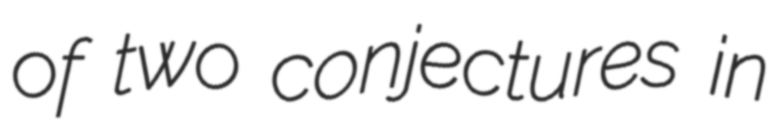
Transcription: of two conjectures in